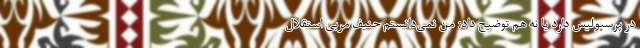
در پرسپولیس دارد یا نه هم توضیح داد: من نمی‌دانستم حنیف مربی استقلال